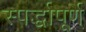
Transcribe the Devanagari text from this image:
स्पर्द्धापूर्ण